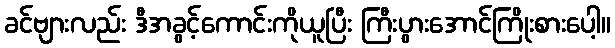
ခင်ဗျားလည်း ဒီအခွင့်ကောင်းကိုယူပြီး ကြီးပွားအောင်ကြိုးစားပေါ့။